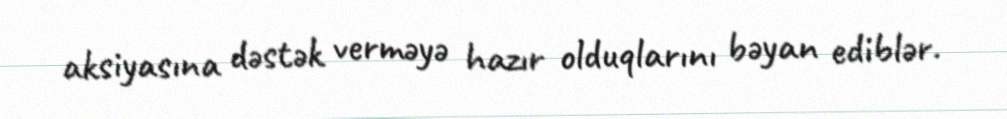
aksiyasına dəstək verməyə hazır olduqlarını bəyan ediblər.